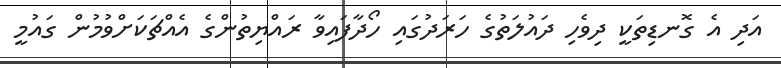
އަދި އެ ގޮނޑިތަކީ ދިވެހި ދައުލަތުގެ ހަރަދުގައި ހޯދާފައިވާ ރައްޔިތުންގެ އެއްޗަކަށްވުމުން ގައުމީ